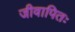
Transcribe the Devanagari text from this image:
जीवापितः